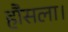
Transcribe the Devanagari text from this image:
हौसला।